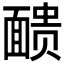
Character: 𫖃